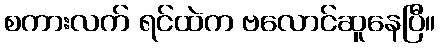
စကားလက် ရင်ထဲက ဗလောင်ဆူနေပြီ။